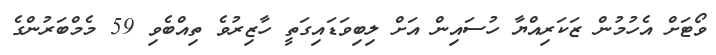
ވޯޓަށް އެހުމުން ޒަކަރިއްޔާ ހުސައިން އަށް ލިބިވަޑައިގަތީ ހާޒިރުވެ ތިއްބެވި 59 މެމްބަރުންގެ